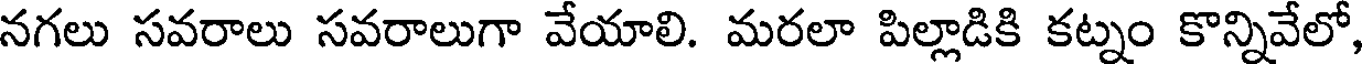
నగలు సవరాలు సవరాలుగా వేయాలి. మరలా పిల్లాడికి కట్నం కొన్నివేలో,